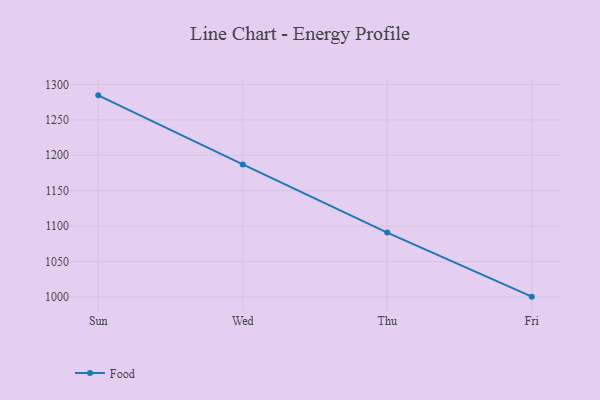
{"axis": {"x": "Day", "y": "Shipments"}, "legend": ["Food"], "data": [{"x": "Sun", "y": 1284.6, "type": "Food"}, {"x": "Wed", "y": 1187.1, "type": "Food"}, {"x": "Thu", "y": 1090.9, "type": "Food"}, {"x": "Fri", "y": 1000.4, "type": "Food"}]}